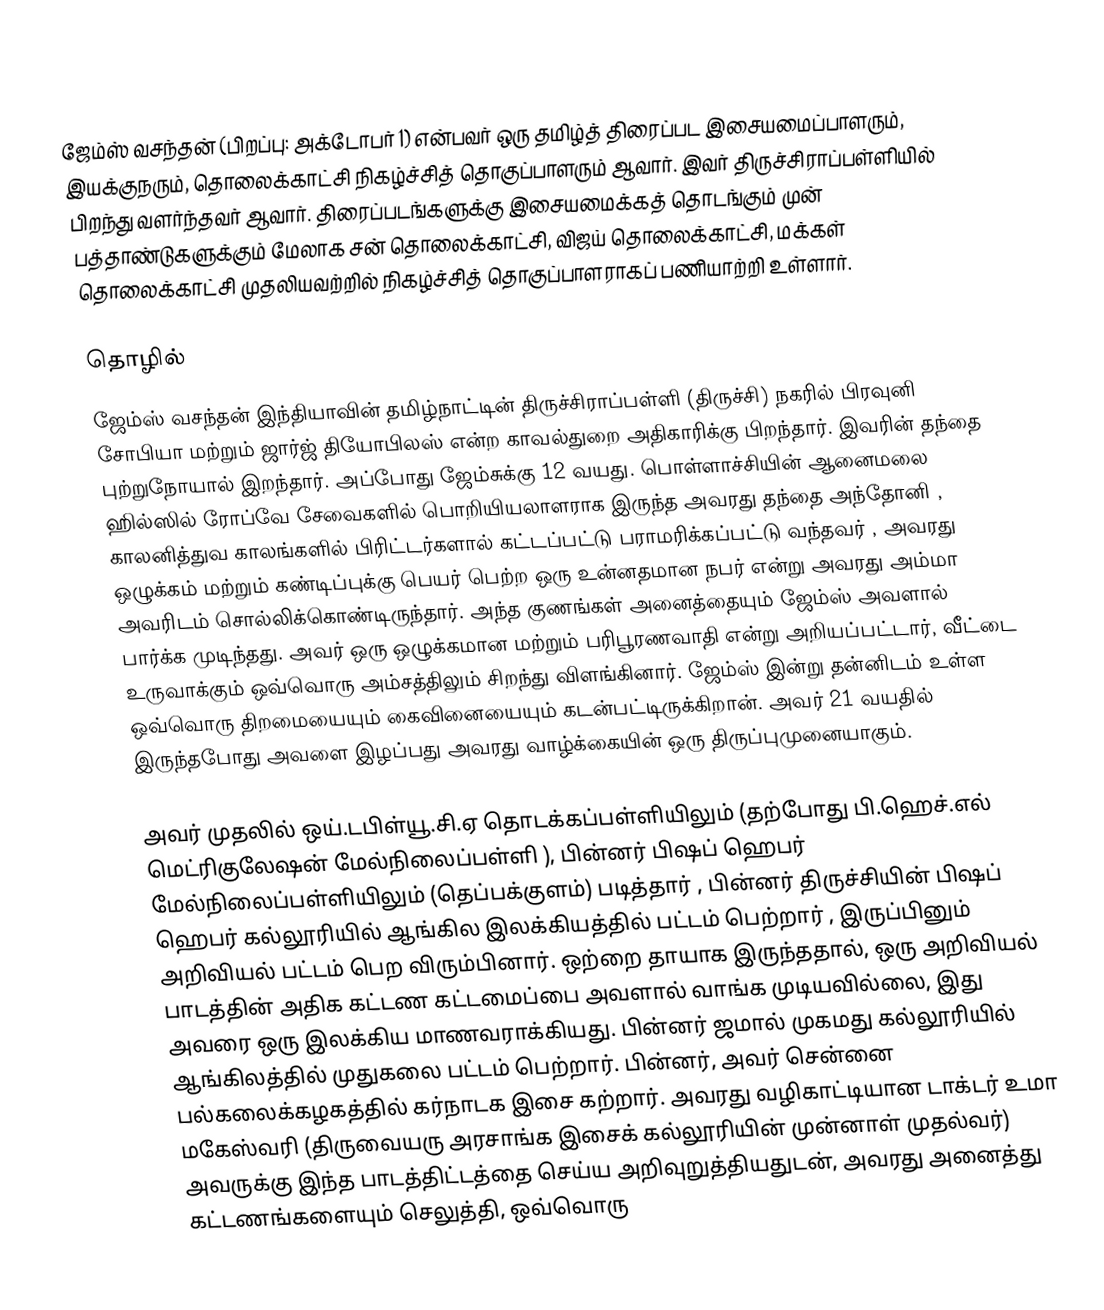
ஜேம்ஸ் வசந்தன் (பிறப்பு: அக்டோபர் 1) என்பவர் ஒரு தமிழ்த் திரைப்பட இசையமைப்பாளரும், இயக்குநரும், தொலைக்காட்சி நிகழ்ச்சித் தொகுப்பாளரும் ஆவார். இவர் திருச்சிராப்பள்ளியில் பிறந்து வளர்ந்தவர் ஆவார். திரைப்படங்களுக்கு இசையமைக்கத் தொடங்கும் முன் பத்தாண்டுகளுக்கும் மேலாக சன் தொலைக்காட்சி, விஜய் தொலைக்காட்சி, மக்கள் தொலைக்காட்சி முதலியவற்றில் நிகழ்ச்சித் தொகுப்பாளராகப் பணியாற்றி உள்ளார்.

தொழில்
ஜேம்ஸ் வசந்தன் இந்தியாவின் தமிழ்நாட்டின் திருச்சிராப்பள்ளி (திருச்சி) நகரில் பிரவுனி சோபியா மற்றும் ஜார்ஜ் தியோபிலஸ் என்ற காவல்துறை அதிகாரிக்கு பிறந்தார். இவரின் தந்தை புற்றுநோயால் இறந்தார். அப்போது ஜேம்சுக்கு 12 வயது. பொள்ளாச்சியின் ஆனைமலை ஹில்ஸில் ரோப்வே சேவைகளில் பொறியியலாளராக இருந்த அவரது தந்தை அந்தோனி , காலனித்துவ காலங்களில் பிரிட்டர்களால் கட்டப்பட்டு பராமரிக்கப்பட்டு வந்தவர் , அவரது ஒழுக்கம் மற்றும் கண்டிப்புக்கு பெயர் பெற்ற ஒரு உன்னதமான நபர் என்று அவரது அம்மா அவரிடம் சொல்லிக்கொண்டிருந்தார். அந்த குணங்கள் அனைத்தையும் ஜேம்ஸ் அவளால் பார்க்க முடிந்தது. அவர் ஒரு ஒழுக்கமான மற்றும் பரிபூரணவாதி என்று அறியப்பட்டார், வீட்டை உருவாக்கும் ஒவ்வொரு அம்சத்திலும் சிறந்து விளங்கினார். ஜேம்ஸ் இன்று தன்னிடம் உள்ள ஒவ்வொரு திறமையையும் கைவினையையும் கடன்பட்டிருக்கிறான். அவர் 21 வயதில் இருந்தபோது அவளை இழப்பது அவரது வாழ்க்கையின் ஒரு திருப்புமுனையாகும்.

அவர் முதலில் ஒய்.டபிள்யூ.சி.ஏ தொடக்கப்பள்ளியிலும் (தற்போது பி.ஹெச்.எல் மெட்ரிகுலேஷன் மேல்நிலைப்பள்ளி ), பின்னர் பிஷப் ஹெபர் மேல்நிலைப்பள்ளியிலும் (தெப்பக்குளம்) படித்தார் , பின்னர் திருச்சியின் பிஷப் ஹெபர் கல்லூரியில் ஆங்கில இலக்கியத்தில் பட்டம் பெற்றார் , இருப்பினும் அறிவியல் பட்டம் பெற விரும்பினார். ஒற்றை தாயாக இருந்ததால், ஒரு அறிவியல் பாடத்தின் அதிக கட்டண கட்டமைப்பை அவளால் வாங்க முடியவில்லை, இது அவரை ஒரு இலக்கிய மாணவராக்கியது. பின்னர் ஜமால் முகமது கல்லூரியில் ஆங்கிலத்தில் முதுகலை பட்டம் பெற்றார்.  பின்னர், அவர் சென்னை பல்கலைக்கழகத்தில் கர்நாடக இசை கற்றார். அவரது வழிகாட்டியான டாக்டர் உமா மகேஸ்வரி (திருவையரு அரசாங்க இசைக் கல்லூரியின் முன்னாள் முதல்வர்) அவருக்கு இந்த பாடத்திட்டத்தை செய்ய அறிவுறுத்தியதுடன், அவரது அனைத்து கட்டணங்களையும் செலுத்தி, ஒவ்வொரு